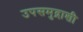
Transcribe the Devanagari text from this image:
उपसमुद्राशी